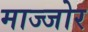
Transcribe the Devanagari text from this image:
माज्जोर